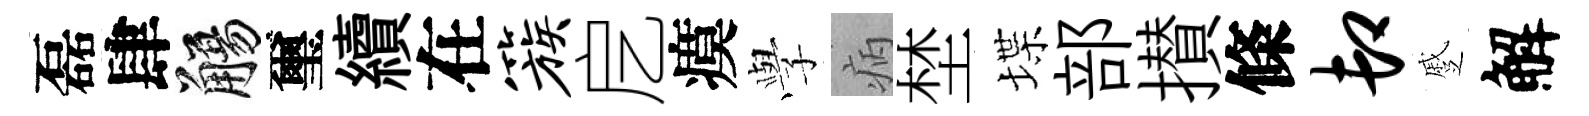
磊肆觴璽續在簇戹瘼𫝯病埜堞部攅條卸蹙解